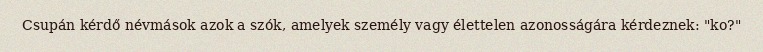
Csupán kérdő névmások azok a szók, amelyek személy vagy élettelen azonosságára kérdeznek: "ko?"